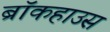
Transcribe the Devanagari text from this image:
ब्रॉकहाउस